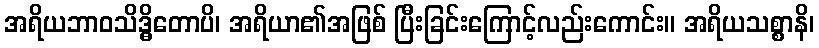
အရိယဘာဝသိဒ္ဓိတောပိ၊ အရိယာ၏အဖြစ် ပြီးခြင်းကြောင့်လည်းကောင်း။ အရိယသစ္စာနိ၊